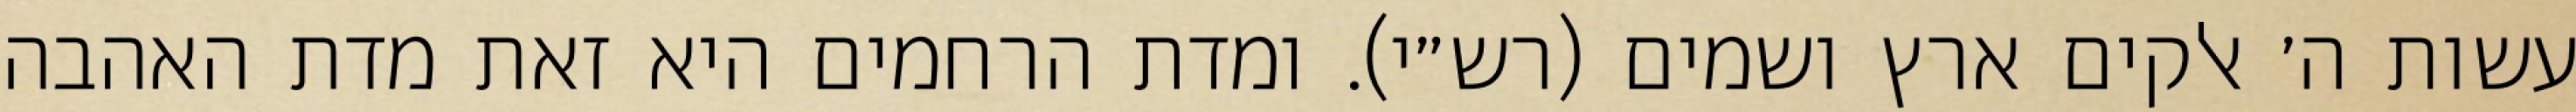
עשות ה׳ אלקים ארץ ושמים (רש״י). ומדת הרחמים היא זאת מדת האהבה